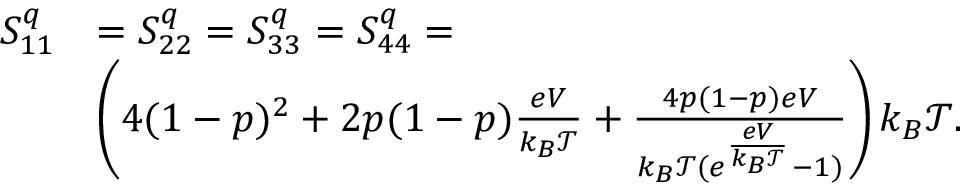
\begin{array} { r l } { S _ { 1 1 } ^ { q } } & { = S _ { 2 2 } ^ { q } = S _ { 3 3 } ^ { q } = S _ { 4 4 } ^ { q } = } \\ & { \left( 4 ( 1 - p ) ^ { 2 } + 2 p ( 1 - p ) \frac { e V } { k _ { B } \mathcal { T } } + \frac { 4 p ( 1 - p ) e V } { k _ { B } \mathcal { T } ( e ^ { \frac { e V } { k _ { B } \mathcal { T } } } - 1 ) } \right) k _ { B } \mathcal { T } . } \end{array}